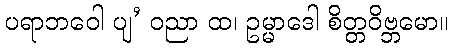
ပရာဘဝေါ ပျ’ ဝညာ ထ၊ ဥမ္မာဒေါ စိတ္တဝိဗ္ဘမော။